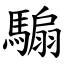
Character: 騸